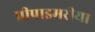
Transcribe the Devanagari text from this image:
प्रीप्राइमरीया